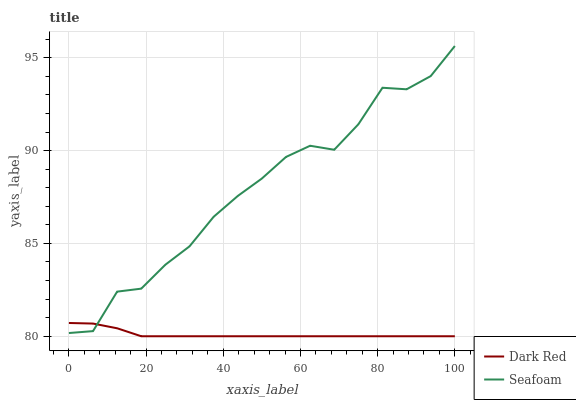
| xaxis_label | Dark Red | Seafoam |
 | --- | --- | --- |
 | 0 | 80.7 | 80.2 |
 | 6.25 | 80.7 | 80.3 |
 | 12.5 | 80.4 | 82.4 |
 | 18.8 | 80 | 82.6 |
 | 25 | 80 | 83.9 |
 | 31.2 | 80 | 84.8 |
 | 37.5 | 80 | 86.4 |
 | 43.8 | 80 | 87.6 |
 | 50 | 80 | 88.5 |
 | 56.2 | 80 | 89.7 |
 | 62.5 | 80 | 90.3 |
 | 68.8 | 80 | 90 |
 | 75 | 80 | 91.4 |
 | 81.2 | 80 | 93.4 |
 | 87.5 | 80 | 93.3 |
 | 93.8 | 80 | 94 |
 | 100 | 80 | 95.6 |